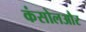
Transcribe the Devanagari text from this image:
कंसोलऔर